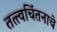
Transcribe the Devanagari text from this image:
तत्त्वचिंतनाचे